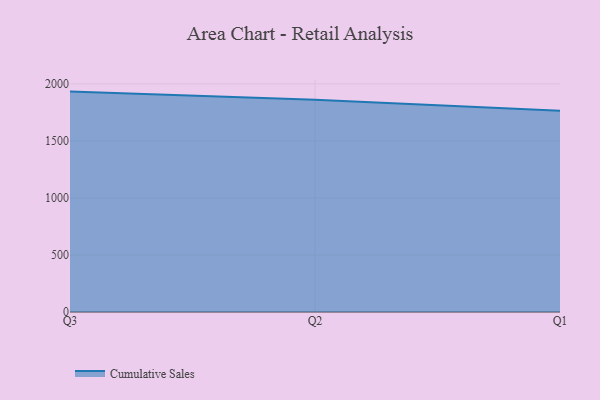
{"axis": {"x": "Quarter", "y": "Active Users"}, "legend": ["Cumulative Sales"], "data": [{"x": "Q3", "y": 1932.5, "type": "Cumulative Sales"}, {"x": "Q2", "y": 1860.0, "type": "Cumulative Sales"}, {"x": "Q1", "y": 1764.2, "type": "Cumulative Sales"}]}